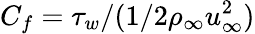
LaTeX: C_{f}=\tau_{w}/(1/2\rho_{\infty}u_{\infty}^{2})